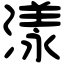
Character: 漾